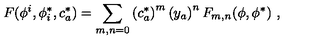
F ( \phi ^ { i } , \phi _ { i } ^ { * } , c _ { a } ^ { * } ) = \sum _ { m , n = 0 } \left( c _ { a } ^ { * } \right) ^ { m } \left( y _ { a } \right) ^ { n } F _ { m , n } ( \phi , \phi ^ { * } ) \ ,